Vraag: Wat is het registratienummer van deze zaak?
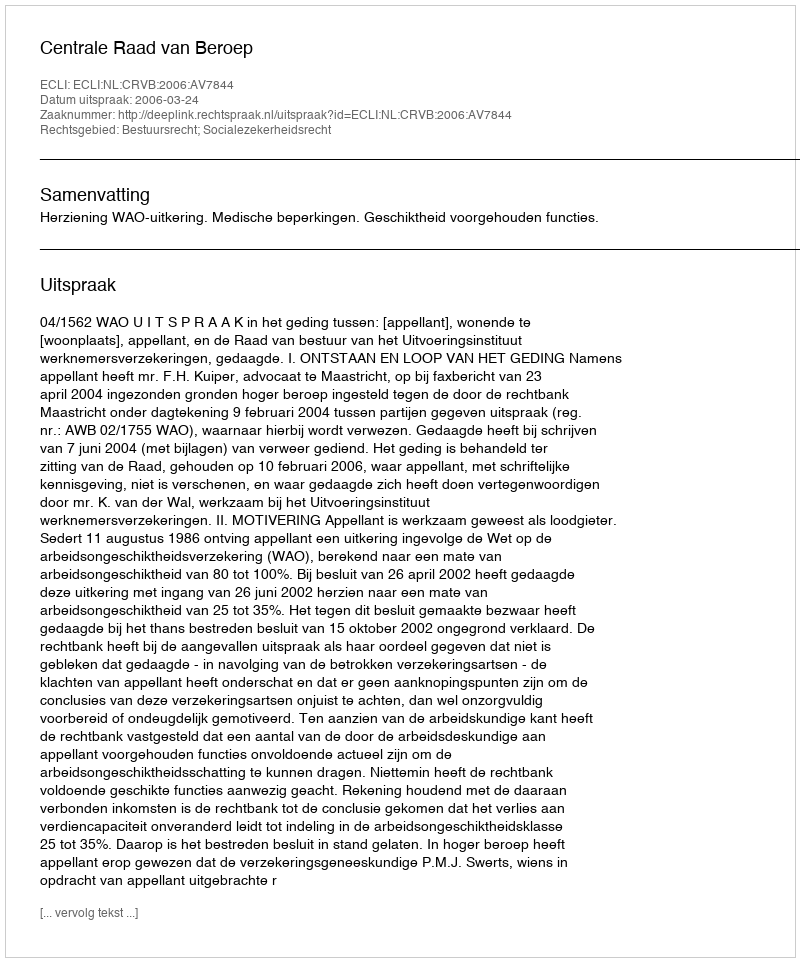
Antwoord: http://deeplink.rechtspraak.nl/uitspraak?id=ECLI:NL:CRVB:2006:AV7844